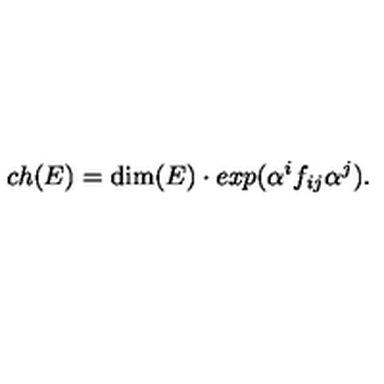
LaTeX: c h ( E ) = \mathrm { d i m } ( E ) \cdot e x p ( \alpha ^ { i } f _ { i j } \alpha ^ { j } ) .